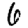
Digit: 6